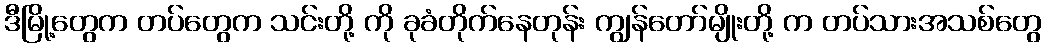
ဒီမြို့တွေက တပ်တွေက သင်းတို့ ကို ခုခံတိုက်နေတုန်း ကျွန်တော်မျိုးတို့ က တပ်သားအသစ်တွေ